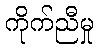
ကိုက်ညီမှု